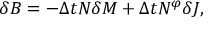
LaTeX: \delta B = - \Delta t N \delta M + \Delta t N ^ { \varphi } \delta J ,